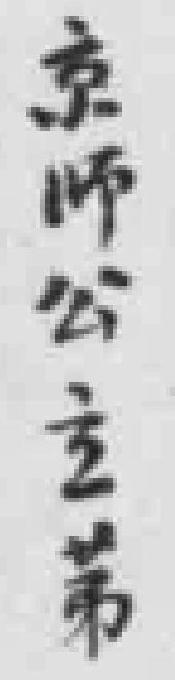
京师公主第